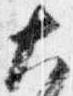
大